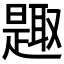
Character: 𰖰